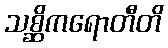
သစ္ဆိကရောတီတိ